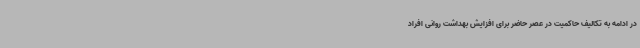
در ادامه به تکالیف حاکمیت در عصر حاضر برای افزایش بهداشت روانی افراد